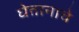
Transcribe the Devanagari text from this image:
घेतानाचे